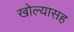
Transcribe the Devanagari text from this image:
खोल्यासह